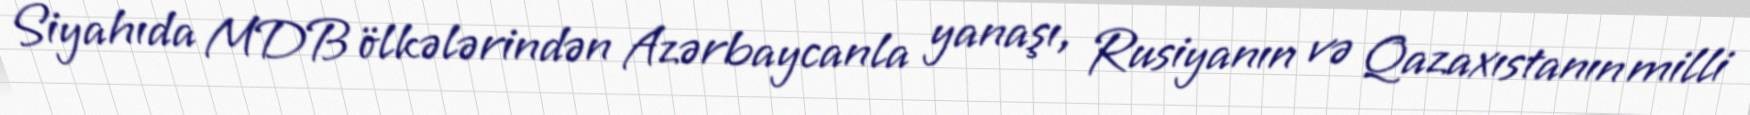
Siyahıda MDB ölkələrindən Azərbaycanla yanaşı, Rusiyanın və Qazaxıstanın milli